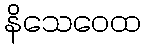
နိသေဝေထ